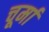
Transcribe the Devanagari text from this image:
चूर्मा